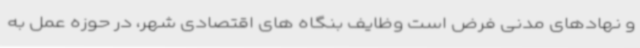
و نهادهای مدنی فرض است وظایف بنگاه های اقتصادی شهر، در حوزه عمل به